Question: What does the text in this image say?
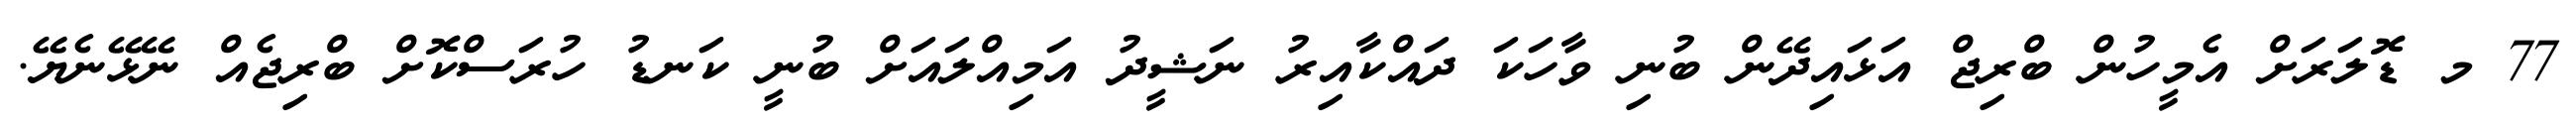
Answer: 77 މ ޑޮލަރަށް އެމީހުން ބްރިޖް އަޅައިދޭން ބުނި ވާހަކަ ދައްކާއިރު ނަޝީދު އަމިއްލައަށް ބުނީ ކަނޑު ހުރަސްކޮށް ބްރިޖެއް ނޭޅޭނެޔޭ.